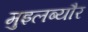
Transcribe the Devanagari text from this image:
मुइलब्यौर